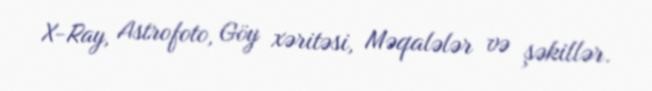
X-Ray, Astrofoto, Göy xəritəsi, Məqalələr və şəkillər.